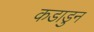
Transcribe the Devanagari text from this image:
कडाडुन